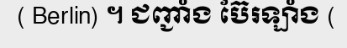
( Berlin) ។ ជញ្ជាំង ប៊ែរឡាំង (